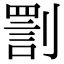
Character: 𠟟